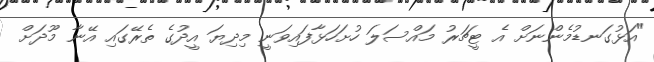
"އަޅުގަނޑުމެންނަށް އެ ޓީޗަރު މައްސަލަ ހުށަހަޅާފައިވަނީ މިދިޔަ އީދުގެ ތެރޭގައި އޭނާ މޫދަށް